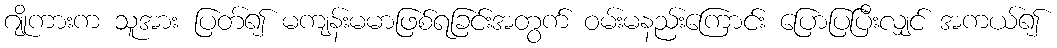
ဂျိုကားက သူအား ပြတ်၍ မကျန်းမမာဖြစ်ရခြင်းအတွက် ဝမ်းမနည်းကြောင်း ပြောပြပြီးလျှင် အကယ်၍